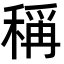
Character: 稱